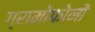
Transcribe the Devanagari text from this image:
ग्रामोफोनों